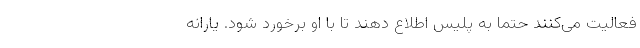
فعالیت می‌کنند حتماً به پلیس اطلاع دهند تا با او برخورد شود. یارانه